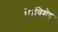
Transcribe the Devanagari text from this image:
थे।विशेष